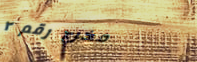
مخرج رقم ٢